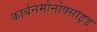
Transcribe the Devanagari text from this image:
कार्बनमोनोक्साइड